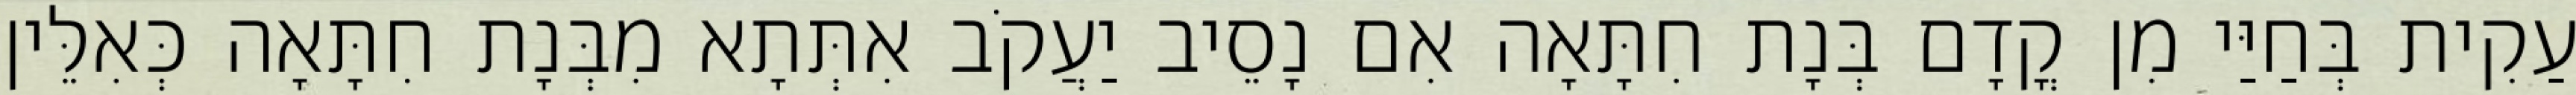
עַקִית בְּחַיַּי מִן קֳדָם בְּנָת חִתָּאָה אִם נָסֵיב יַעֲקֹב אִתְּתָא מִבְּנָת חִתָּאָה כְּאִלֵּין